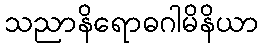
သညာနိရောဓဂါမိနိယာ